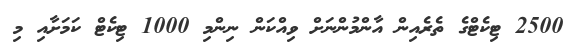
2500 ޓިކެޓްގެ ތެރެއިން އާންމުންނަށް ވިއްކަން ނިންމި 1000 ޓިކެޓް ކަމަށާއި މި